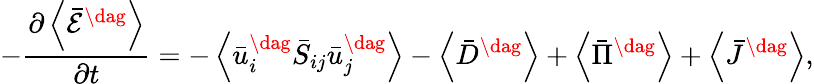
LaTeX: -\frac{{\partial\left\langle{{{\bar{\mathcal E}}^{\dag}}}\right\rangle}}{{\partial t}}=-\left\langle{\bar{u}_{i}^{\dag}{{\bar{S}}_{ij}}\bar{u}_{j}^{\dag}}\right\rangle-\left\langle{{{\bar{D}}^{\dag}}}\right\rangle+\left\langle{{{\bar{\Pi}}^{\dag}}}\right\rangle+\left\langle{{{\bar{J}}^{\dag}}}\right\rangle,